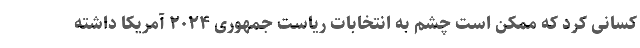
کسانی کرد که ممکن است چشم به انتخابات ریاست جمهوری ۲۰۲۴ آمریکا داشته